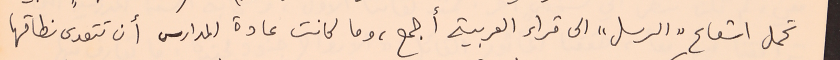
تحمل اشعاع "الرسل" الى قراء العربية أجمع، وما كانت عادة المدارس أن تتعدى نطاقها